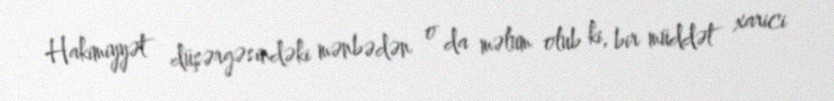
Hakimiyyət düşərgəsindəki mənbədən o da məlum olub ki, bir müddət xarici